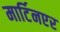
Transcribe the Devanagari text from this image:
मार्टिनएर